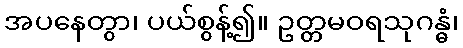
အပနေတွာ၊ ပယ်စွန့်၍။ ဥတ္တမဝရသုဂန္ဓံ၊